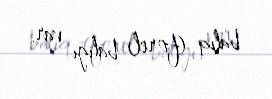
balıq (forel) balığı var.